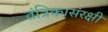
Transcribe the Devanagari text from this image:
तंत्रिकासंरक्षी